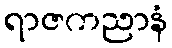
ရာဇကညာနံ